Scottish Leaving Certificate Examination, 1957
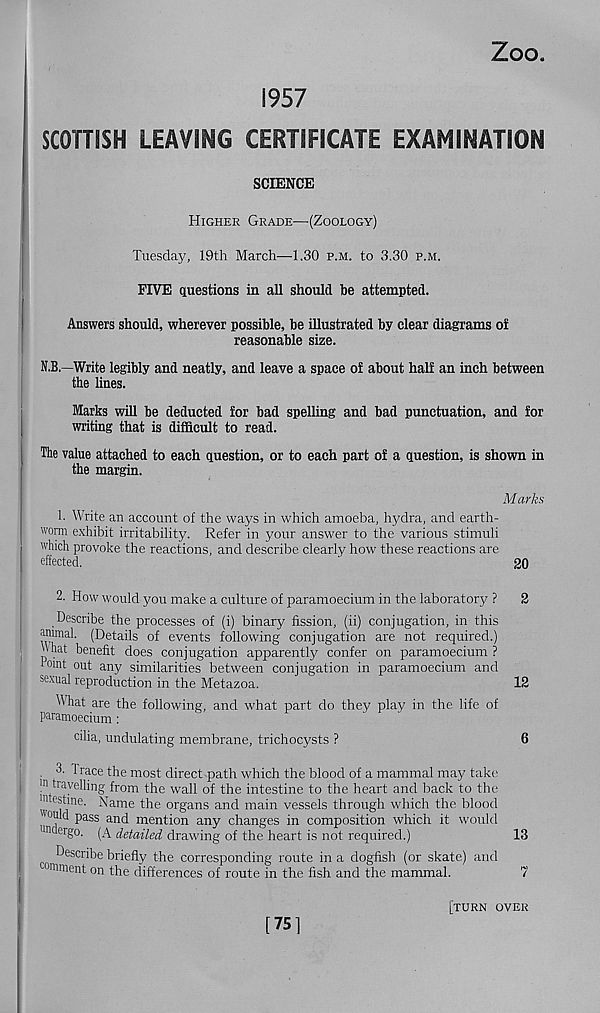
Zoo.
1957
SCOTTSSH LEAVING CERTIFICATE EXAMINATION
SCIENCE
Higher Grade—'(Zoology)
Tuesday, 19th March—1.30 p.m. to 3.30 p.m.
FIVE questions in all should be attempted.
Answers should, wherever possible, be illustrated by clear diagrams of
reasonable size.
N.B.—Write legibly and neatly, and leave a space of about half an inch between
the lines.
Marks will be deducted for bad spelling and bad punctuation, and for
writing that is difficult to read.
The value attached to each question, or to each part of a question, is shown in
the margin.
Marks
1. Write an account of the ways in which amoeba, hydra, and earth-
worm exhibit irritability. Refer in your answer to the various stimuli
which provoke the reactions, and describe clearly how these reactions are
effected.
‘
20
2. How would you make a culture of paramoecium in the laboratory ?
2
Describe the processes of (i) binary fission, (ii) conjugation, in this
animal. (Details of events following conjugation are not required.)
uhat benefit does conjugation apparently confer on paramoecium ?
iwnt out any similarities between conjugation in paramoecium and
sexual reproduction in the Metazoa.
12
What are the following, and what part do they play in the life of
paramoecium :
cilia, undulating membrane, trichocysts ?
6
3. 1 race the most direct path which the blood of a mammal may take
111 travelling from the wall of the intestine to the heart and back to the
m e f 1 * ne ' N ame the organs and main vessels through which the blood
P ass and mention any changes in composition which it would
an ergo. (A detailed drawing of the heart is not required.)
13
Describe briefly the corresponding route in a dogfish (or skate) and
comment on the differences of route in the fish and the mammal.
7
[75]
[turn over